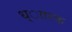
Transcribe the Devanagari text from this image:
ध्ाारक